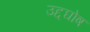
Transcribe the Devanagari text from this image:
उद्दघोष